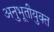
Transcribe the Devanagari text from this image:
अनुभूतीयुक्त